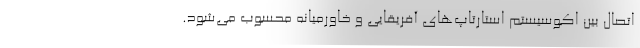
اتصال بین اکوسیستم استارتاپ‌های آفریقایی و خاورمیانه محسوب می‌شود.